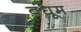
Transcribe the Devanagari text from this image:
बंधूम